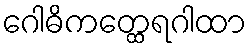
ဂေါဓိကတ္ထေရဂါထာ